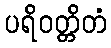
ပရိဝတ္တိတံ